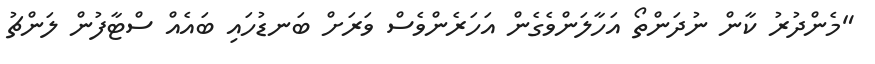
"މެންދުރު ކާން ނުދަންތޯ އަހާލަންވެގެން އަހަރެންވެސް ވަރަށް ބަނޑުހައި ބައެއް ސްޓާފުން ލަންޗު